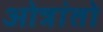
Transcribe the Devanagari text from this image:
ओत्रांतो